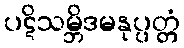
ပဋိသမ္ဘိဒမနုပ္ပတ္တံ